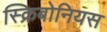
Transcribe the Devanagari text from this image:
स्क्रिबोनियस